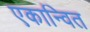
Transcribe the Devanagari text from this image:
एकान्वित